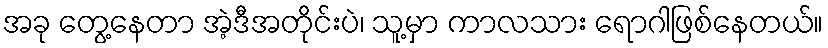
အခု တွေ့နေတာ အဲ့ဒီအတိုင်းပဲ၊ သူ့မှာ ကာလသား ရောဂါဖြစ်နေတယ်။